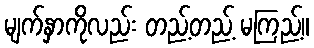
မျက်နှာကိုလည်း တည့်တည့် မကြည့်။